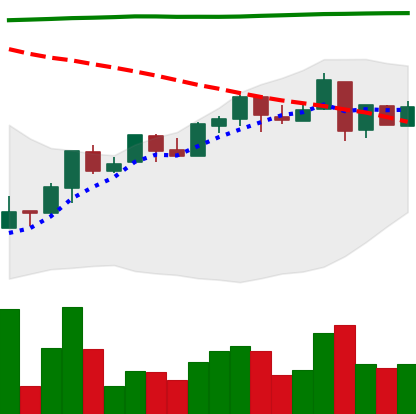
Ticker: NEO-USD
Chart end date: 2018-04-28
Forward return: 14.43%
Label: up_7plus